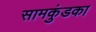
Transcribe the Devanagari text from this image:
सामकुंडका